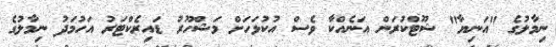
ނިމާލުގެ "އަނިޔާ" ޝޫޓްކުރަން އަނެއްކާ ވެސް އުކުޅަހަށް މަޝްހޫރު ޑައިރެކްޓަރު އަހުމަދު ނިމާލުގެ